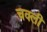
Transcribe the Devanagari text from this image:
चक्ली